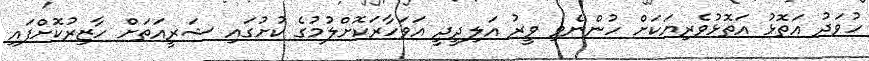
ހުވަދު އަތޮޅު އަތޮޅުވެރިޔަކަށް ހުންނެވި ވީރު އަލިދީދީ އަވަހާރަކޮށްލުމުގެ ކުށުގައި ޝަރީއަތަށް ހާޒިރުކޮށްފައި